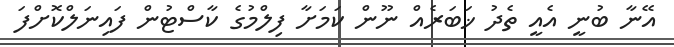
އޭނާ ބުނީ އެއީ ތެދު ޚަބަރެއް ނޫން ކަމަށާ ފިލްމުގެ ކާސްޓުން ފައިނަލްކޮށްފަ